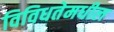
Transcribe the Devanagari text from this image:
विविधतेमधील